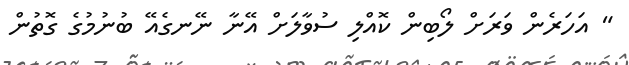
" އަހަރެން ވަރަށް ލޯބިން ކޮއްލި ސުވާލަށް އޭނާ ނޭނގެއޭ ބުނުމުގެ ގޮތުން